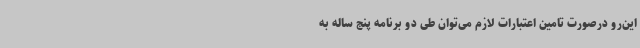
این‌رو درصورت تامین اعتبارات لازم می‌توان طی دو برنامه پنج ساله به